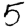
Digit: 5